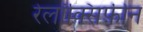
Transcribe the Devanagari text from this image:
रेलॉक्सिफ़ीन